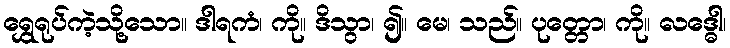
ရွှေရုပ်ကဲ့သို့သော။ ဒါရကံ၊ ကို။ ဒိသွာ၊ ၍။ မေ၊ သည်။ ပုတ္တော၊ ကို။ လဒ္ဓေါ၊